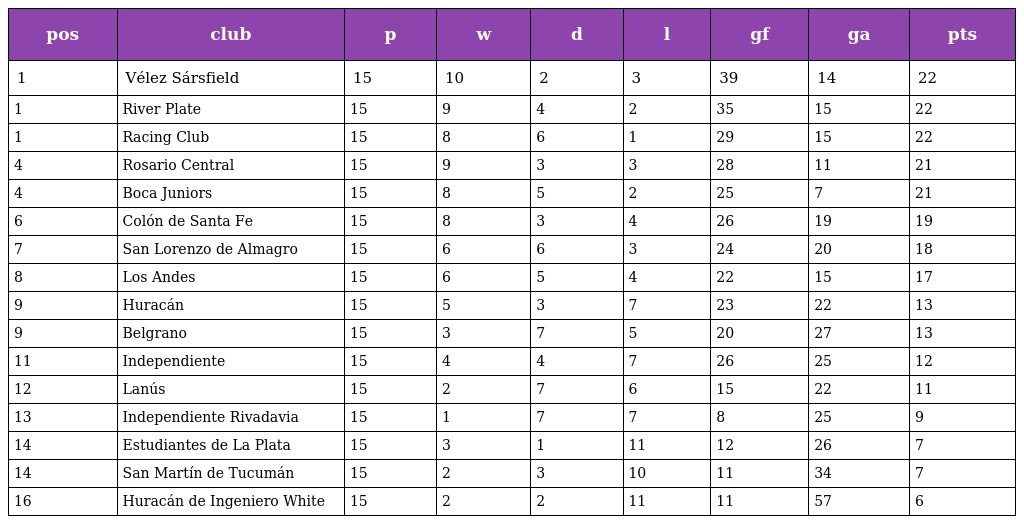
| pos | club | p | w | d | l | gf | ga | pts |
 | --- | --- | --- | --- | --- | --- | --- | --- | --- |
 | 1 | Vélez Sársfield | 15 | 10 | 2 | 3 | 39 | 14 | 22 |
 | 1 | River Plate | 15 | 9 | 4 | 2 | 35 | 15 | 22 |
 | 1 | Racing Club | 15 | 8 | 6 | 1 | 29 | 15 | 22 |
 | 4 | Rosario Central | 15 | 9 | 3 | 3 | 28 | 11 | 21 |
 | 4 | Boca Juniors | 15 | 8 | 5 | 2 | 25 | 7 | 21 |
 | 6 | Colón de Santa Fe | 15 | 8 | 3 | 4 | 26 | 19 | 19 |
 | 7 | San Lorenzo de Almagro | 15 | 6 | 6 | 3 | 24 | 20 | 18 |
 | 8 | Los Andes | 15 | 6 | 5 | 4 | 22 | 15 | 17 |
 | 9 | Huracán | 15 | 5 | 3 | 7 | 23 | 22 | 13 |
 | 9 | Belgrano | 15 | 3 | 7 | 5 | 20 | 27 | 13 |
 | 11 | Independiente | 15 | 4 | 4 | 7 | 26 | 25 | 12 |
 | 12 | Lanús | 15 | 2 | 7 | 6 | 15 | 22 | 11 |
 | 13 | Independiente Rivadavia | 15 | 1 | 7 | 7 | 8 | 25 | 9 |
 | 14 | Estudiantes de La Plata | 15 | 3 | 1 | 11 | 12 | 26 | 7 |
 | 14 | San Martín de Tucumán | 15 | 2 | 3 | 10 | 11 | 34 | 7 |
 | 16 | Huracán de Ingeniero White | 15 | 2 | 2 | 11 | 11 | 57 | 6 |